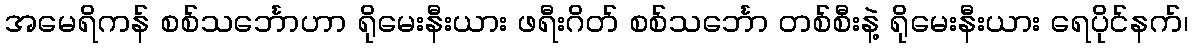
အမေရိကန် စစ်သင်္ဘောဟာ ရိုမေးနီးယား ဖရီးဂိတ် စစ်သင်္ဘော တစ်စီးနဲ့ ရိုမေးနီးယား ရေပိုင်နက်၊